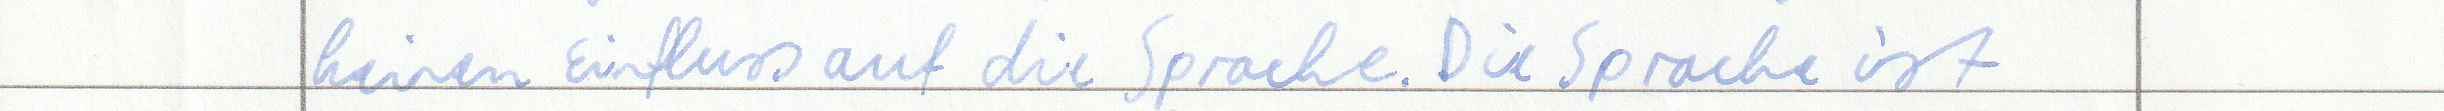
keinen Einfluss auf die Sprache. Die Sprache ist